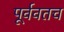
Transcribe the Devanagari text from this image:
पूर्ववतच